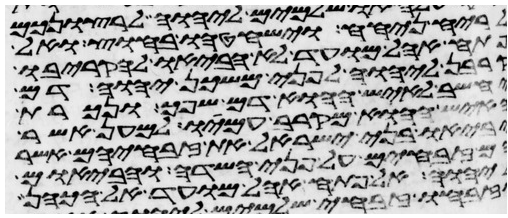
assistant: לריח ניחח וישחטהו בחוץ ואל
פתח אהל מועד לא הביאו להקריבו
קרבן ליהוה לפני משכן יהוה דם
יחשב לאיש ההוא דם שפך ונכרת
האיש ההוא מקרב עמיו למען אשר
יביאו בני ישראל את זבחיהם אשר
זבחים על פני השדה והבאום
ליהוה אל פתח אהל מועד אל הכהן